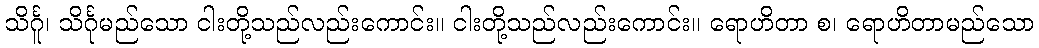
သိင်္ဂူ၊ သိင်္ဂုမည်သော ငါးတို့သည်လည်းကောင်း။ ငါးတို့သည်လည်းကောင်း။ ရောဟိတာ စ၊ ရောဟိတာမည်သော